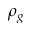
\rho _ { g }